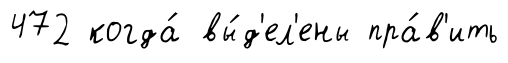
472 когда́ вы́д'ел'ены пра́в'ить